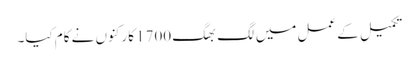
تکمیل کے عمل میں لگ بھگ 1700 کارکنوں نے کام کیا۔